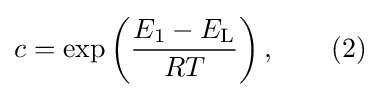
c=\exp \left({\frac {E_{1}-E_{\mathrm {L} }}{RT}}\right),\qquad (2)